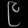
Digit: ၉